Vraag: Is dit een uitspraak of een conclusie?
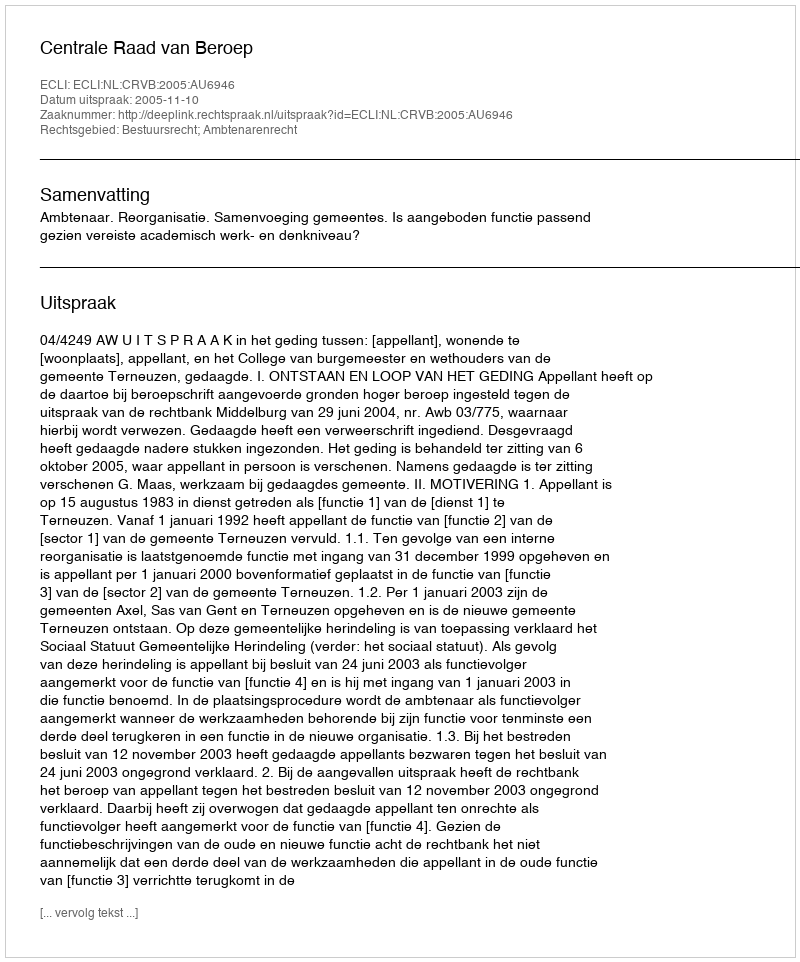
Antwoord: Uitspraak